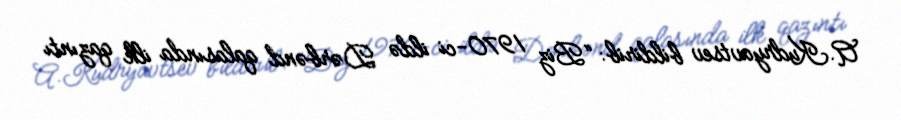
A.Kudryavtsev bildirib: “Biz 1970-ci ildə Dərbənd qalasında ilk qazıntı